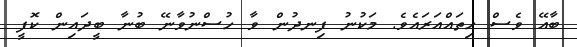
ބާއޭ ވެސް ހިތައްއަރައެވެ. މަކުނު ފިނދުން ވާ ހުސްނުވާނޭ ބުނާ ބީދައިން ކޮފީ